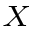
_ X